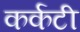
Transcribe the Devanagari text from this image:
कर्कटी